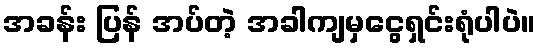
အခန်း ပြန် အပ်တဲ့ အခါကျမှငွေရှင်းရုံပါပဲ။